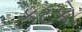
કટકો